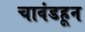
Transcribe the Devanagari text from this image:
चावंडहून